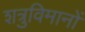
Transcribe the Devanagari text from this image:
शत्रुविमानों